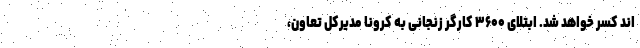
اند کسر خواهد شد. ابتلای ۳۶۰۰ کارگر زنجانی به کرونا مدیرکل تعاون،